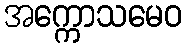
အက္ကောသမေဝ